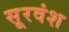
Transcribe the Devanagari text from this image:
सूरवंश